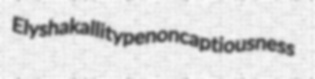
Elysha kallitype noncaptiousness